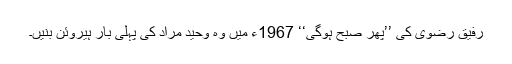
رفیق رضوی کی ’’پھر صبح ہوگی‘‘ 1967ء میں وہ وحید مراد کی پہلی بار ہیروئن بنیں۔